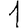
Digit: 1